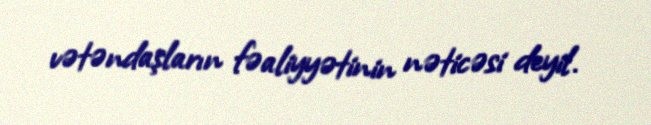
vətəndaşların fəaliyyətinin nəticəsi deyil.